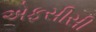
એફસીસી